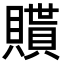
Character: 𧸊